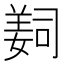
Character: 𦎛